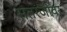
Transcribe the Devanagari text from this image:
सतरंजीवर